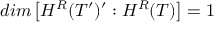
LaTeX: d i m \left[ H ^ { R } ( { \cal T } ^ { \prime } ) ^ { \prime } : H ^ { R } ( { \cal T } ) \right] = 1